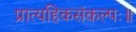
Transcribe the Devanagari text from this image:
प्रात्यहिकसंकल्पः॥